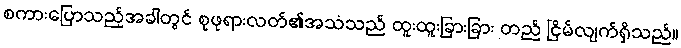
စကားပြောသည့်အခါတွင် စုဖုရားလတ်၏အသံသည် ထူးထူးခြားခြား တည် ငြိမ်လျက်ရှိသည်။